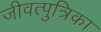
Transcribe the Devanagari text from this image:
जीवत्पुत्रिका